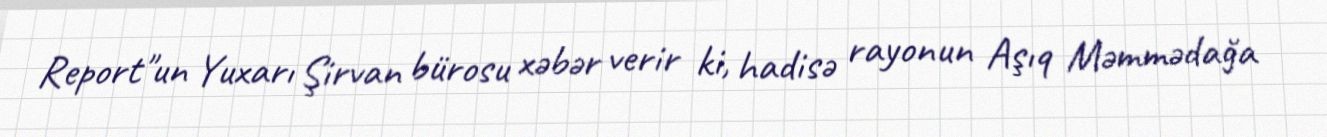
Report"un Yuxarı Şirvan bürosu xəbər verir ki, hadisə rayonun Aşıq Məmmədağa